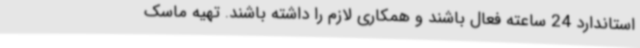
استاندارد 24 ساعته فعال باشند و همکاری لازم را داشته باشند. تهیه ماسک